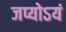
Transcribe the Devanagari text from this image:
जप्योऽयं